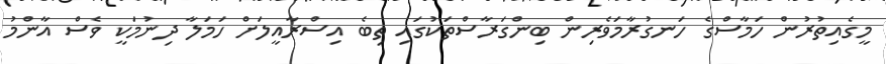
މީގެއިތުރުން ހަމާސްގެ ހަނގުރާމަވެރިން ބިންގަރާސްތަކުގައި ތިބެ އިސްރާއީލަށް ހަމަލާ ދިނުމަކީ ވެސް އާންމު